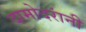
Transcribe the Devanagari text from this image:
दामोदरांनी